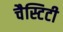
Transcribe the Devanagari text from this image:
चैस्टिटी